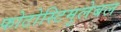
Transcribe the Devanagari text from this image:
फोटोस्टिमुलेबल